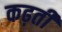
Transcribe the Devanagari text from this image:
कढ़ती